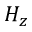
H _ { z }